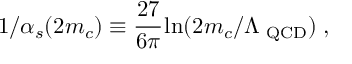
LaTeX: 1 / \alpha _ { s } ( 2 m _ { c } ) \equiv { \displaystyle \cfrac { 2 7 } { 6 \pi } } \ln ( 2 m _ { c } / \Lambda _ { \mathrm { { \footnotesize ~ Q C D } } } ) \; ,